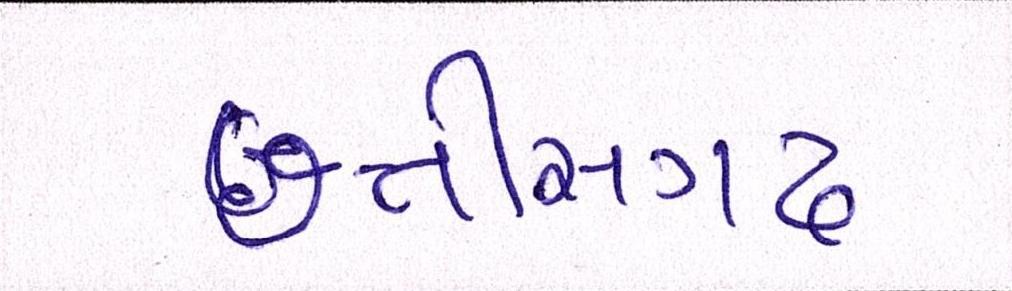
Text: છત્તીસગઢ